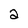
Character: 2